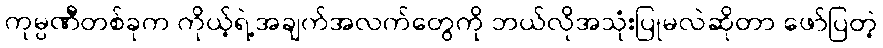
ကုမ္ပဏီတစ်ခုက ကိုယ့်ရဲ့အချက်အလက်တွေကို ဘယ်လိုအသုံးပြုမလဲဆိုတာ ဖော်ပြတဲ့